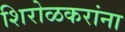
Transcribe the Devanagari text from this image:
शिरोळकरांना